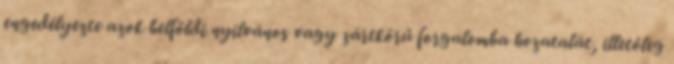
engedélyezte azok belföldi nyilvános vagy zártkörű forgalomba hozatalát, illetőleg